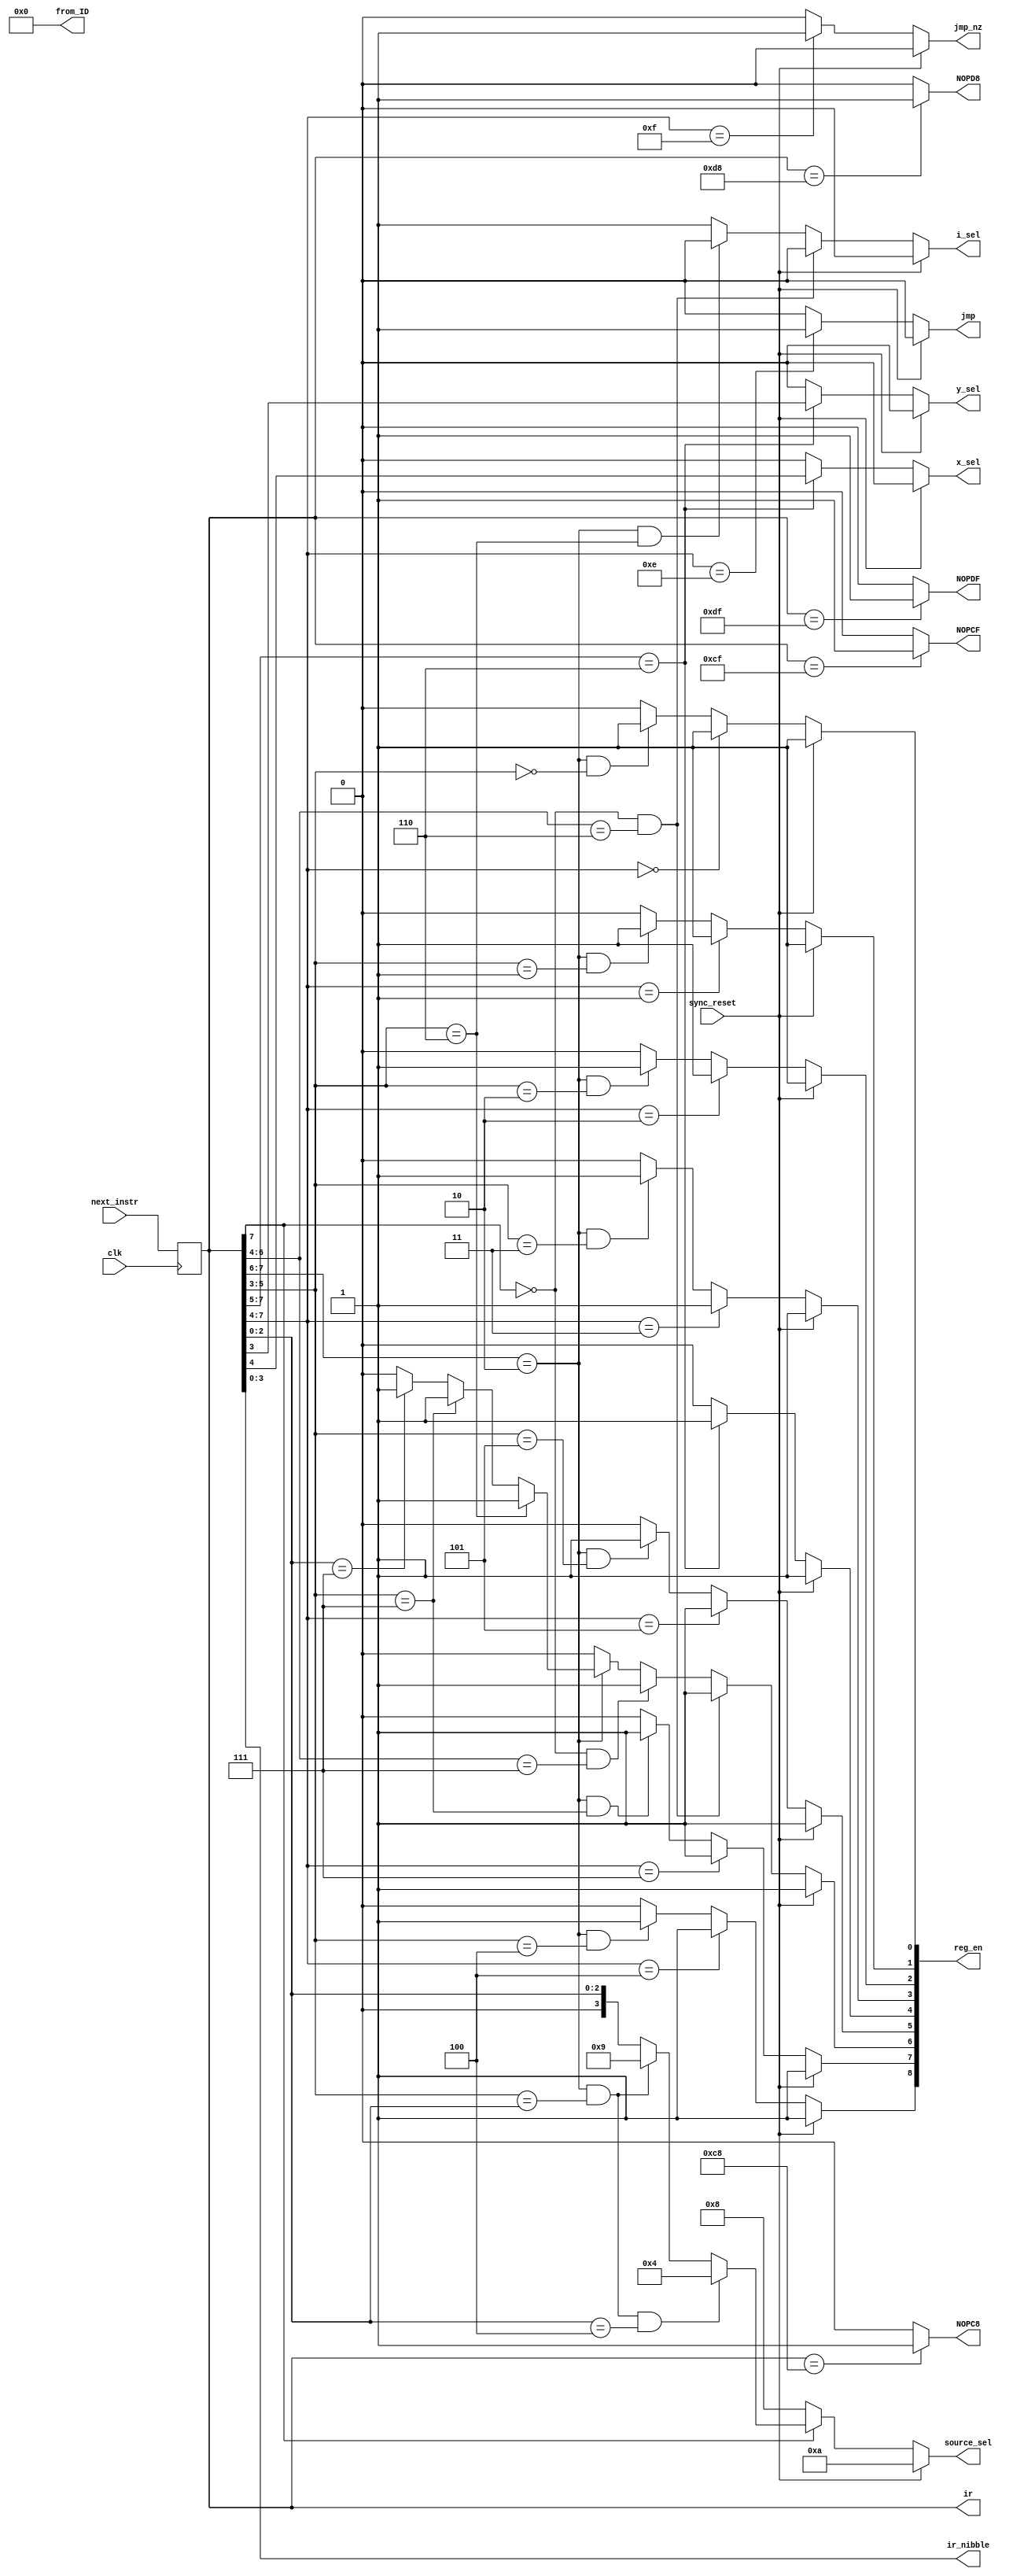
module instruction_decoder(
	input [7:0] next_instr,
	input clk, sync_reset,
	output reg jmp, jmp_nz,
	output reg i_sel, y_sel, x_sel,
	output reg [3:0] source_sel,
	output reg [3:0] ir_nibble,
	output reg [8:0] reg_en,
	output reg [7:0] ir,			// made an output for exam (was internal before)
	output reg [7:0] from_ID,	// made for final exam scrambler
	output reg NOPC8, NOPCF, NOPD8, NOPDF	// made for final exam scrambler
	);


always @ *
from_ID = 8'h0;			// during exam
//from_ID = reg_en[7:0];  // for debugging prior to exam (reg_en[8] is for o_reg)

//// NOP Instructions ////
always @ *
if (ir == 8'hC8)
	NOPC8 = 1'b1;
else
	NOPC8 = 1'b0;

always @ *	
if (ir == 8'hCF)
	NOPCF = 1'b1;
else
	NOPCF = 1'b0;

always @ *
if (ir == 8'hD8)
	NOPD8 = 1'b1;
else
	NOPD8 = 1'b0;
	
always @ *
if (ir == 8'hDF)
	NOPDF = 1'b1;
else
	NOPDF = 1'b0;


// loading the ir reg from the next instr (from the ROM's pm_addr)
always @ (posedge clk)
ir = next_instr;


// ir_nibble output
always @ *
ir_nibble = ir[3:0];



// logic for decoding instruction type (jmp or jmp_nz outputs)
//  jmp  //
always @ *
if (sync_reset == 1'b1) 
	// don't jump when reset
	jmp = 1'b0;
else if (ir[7:4] == 4'b1110)
	// unconditional jump;
	jmp = 1'b1;
else
	// else; don't jump
	jmp = 1'b0;

	
//  jmp_nz  //
always @ *
if (sync_reset == 1'b1)
	// don't jump when reset
	jmp_nz = 1'b0;
else if (ir[7:4] == 4'b1111)
	// conditional jump;
	jmp_nz = 1'b1;
else 
	// else; don't jump
	jmp_nz = 1'b0;


	
// logic for decoding source_sel ouput (bits 10-15 tied to GND)
//  source_sel  //
always @ *
if (sync_reset == 1'b1) source_sel = 4'd10;
else if (ir[7] == 1'b0)
	//	load; data_bus = ir_nibble 
	source_sel = 4'd8;
else if ( (ir[7:6] == 2'b10) && (ir[5:3] == ir[2:0]) && (ir[2:0] == 3'd4) )
	// mov; data_bus = r (moving to o_reg)
	source_sel = 4'd4;
else if ( (ir[7:6] == 2'b10) && (ir[5:3] == ir[2:0]) )
	// mov; data_bus = i_pins
	source_sel = 4'd9;
else if ( (ir[7:6] == 2'b10) )
	// mov; data_bus = src (0-7, data registers)
	source_sel = {1'b0, ir[2:0]};  // concat, to make 4-bit
else
	source_sel = {1'b0, ir[2:0]};



	
// logic for decoding i, x, y selects
//  i_sel  //
always @ *
if (sync_reset == 1'b1) i_sel = 1'b0;
else if ( (ir[7] == 1'b0) && (ir[6:4] == 3'd6) )
	// load; i is dst (from data_bus)
	i_sel = 1'b0;
else if ( (ir[7:6] == 2'b10) && (ir[5:3] == 3'd6) )
	// mov; i is dst
	i_sel = 1'b0;
else
	// else; increment i
	i_sel = 1'b1;

	
//  x_sel  //
always @ *
if (sync_reset == 1'b1) x_sel = 1'b0;
else if (ir[7:5] == 3'b110)
	// alu; assign proper x val
	x_sel = ir[4];
else
	// else; default to zero
	x_sel = 1'b0;

	
//  y_sel  //
always @ *
if (sync_reset == 1'b1) y_sel = 1'b0;
else if (ir[7:5] == 3'b110)
	// alu; assign proper y val
	y_sel = ir[3];
else
	// else; default to zero
	y_sel = 1'b0;

	

// logic for decoding register enables (9, each seperate 1bit outputs)
//  reg_en[0], x0  //
always @ *
if (sync_reset == 1'b1) 
	// enable all registers during reset, to clear them
	reg_en[0] = 1'b1;
else if (ir[7:4] == 4'd0)
	// load; x0 is dst
	reg_en[0] = 1'b1;
else if ( (ir[7:6] == 2'b10) && (ir[5:3] == 3'd0) )
	// mov; x0 is dst
	reg_en[0] = 1'b1;
else
	reg_en[0] = 1'b0;


//  reg_en[1], x1  //
always @ *
if (sync_reset == 1'b1) 
	// enable all registers during reset, to clear them
	reg_en[1] = 1'b1;
else if (ir[7:4] == 4'd1)
	// load; x1 is dst
	reg_en[1] = 1'b1;
else if ( (ir[7:6] == 2'b10) && (ir[5:3] == 3'd1) )
	// mov; x1 is dst
	reg_en[1] = 1'b1;
else
	reg_en[1] = 1'b0;


//  reg_en[2], y0  //
always @ *
if (sync_reset == 1'b1) 
	// enable all registers during reset, to clear them
	reg_en[2] = 1'b1;
else if (ir[7:4] == 4'd2)
	// load; y0 is dst
	reg_en[2] = 1'b1;
else if ( (ir[7:6] == 2'b10) && (ir[5:3] == 3'd2) )
	// mov; y0 is dst
	reg_en[2] = 1'b1;
else
	reg_en[2] = 1'b0;


//  reg_en[3], y1  //
always @ *
if (sync_reset == 1'b1) 
	// enable all registers during reset, to clear them
	reg_en[3] = 1'b1;
else if (ir[7:4] == 4'd3)
	// load; y1 is dst
	reg_en[3] = 1'b1;
else if ( (ir[7:6] == 2'b10) && (ir[5:3] == 3'd3) )
	// mov; y0 is dst
	reg_en[3] = 1'b1;
else
	reg_en[3] = 1'b0;


//  reg_en[4], r  //
always @ *
if (sync_reset == 1'b1) 
	// enable all registers during reset, to clear them
	reg_en[4] = 1'b1;
else if (ir[7:5] == 3'b110)
	// alu; r is enabled
	reg_en[4] = 1'b1;
else
	reg_en[4] = 1'b0;


//  reg_en[5], m  //
always @ *
if (sync_reset == 1'b1) 
	// enable all registers during reset, to clear them
	reg_en[5] = 1'b1;
else if (ir[7:4] == 4'd5)
	// load; m is dst
	reg_en[5] = 1'b1;
else if ( (ir[7:6] == 2'b10) && (ir[5:3] == 3'd5) )
	// mov; m is dst
	reg_en[5] = 1'b1;
else
	reg_en[5] = 1'b0;



//  reg_en[6], i  //
always @ *
if (sync_reset == 1'b1) 
	// enable all registers during reset, to clear them
	reg_en[6] = 1'b1;
else if ( (ir[7] == 1'b0) && (ir[6:4] == 3'd6) )
	// load; i is a dst
	reg_en[6] = 1'b1;
else if ( (ir[7] == 1'b0) && (ir[6:4] == 3'd7) )
	// load; dm is a dst (increment i)
	reg_en[6] = 1'b1;
else if (ir[7:6] == 2'b10)
	if (ir[5:3] == 3'd6)
		// mov; i is a dst
		reg_en[6] = 1'b1;
	else if (ir[5:3] == 3'd7)
		// mov; dm is a dst (increment i)
		reg_en[6] = 1'b1;
	else if (ir[2:0] == 3'd7)
		// mov; dm is a src (increment i or mov into i)
		reg_en[6] = 1'b1;
	else
		reg_en[6] = 1'b0;
else
	// no other mov or load cases where i is modified
	reg_en[6] = 1'b0;


//  reg_en[7], dm  //
always @ *
if (sync_reset == 1'b1) 
	// enable all registers during reset, to clear them
	reg_en[7] = 1'b1;
else if (ir[7:4] == 4'd7)
	// load; dm is dst
	reg_en[7] = 1'b1;
else if ( (ir[7:6] == 2'b10) && (ir[5:3] == 3'd7) )
	// mov; dm is dst
	reg_en[7] = 1'b1;
else
	reg_en[7] = 1'b0;


//  reg_en[8], o_reg  //
always @ *
if (sync_reset == 1'b1) 
	// enable all registers during reset, to clear them
	reg_en[8] = 1'b1;
else if (ir[7:4] == 4'd4)
	// load; o_reg is dst
	reg_en[8] = 1'b1;
else if ( (ir[7:6] == 2'b10) && (ir[5:3] == 3'd4) )
	// mov; o_reg is dst
	reg_en[8] = 1'b1;
else
	reg_en[8] = 1'b0;


endmodule